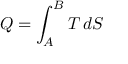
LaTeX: Q = \int _ { A } ^ { B } T \, d S